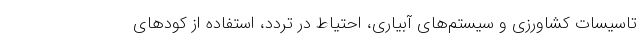
تاسیسات کشاورزی و سیستم‌های آبیاری، احتیاط در تردد، استفاده از کودهای